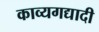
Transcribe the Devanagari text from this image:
काव्यगद्यादी